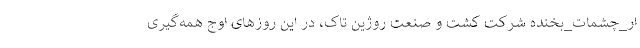
ار_چشمات_بخنده شرکت کشت و صنعت روژین تاک، در این روز‌های اوج همه‌گیری